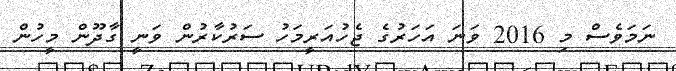
ނަމަވެސް މި 2016 ވަނަ އަހަރުގެ ޖެހުއަރީމަހު ސަރުކާރުން ވަނީ ގާދޫން މީހުން